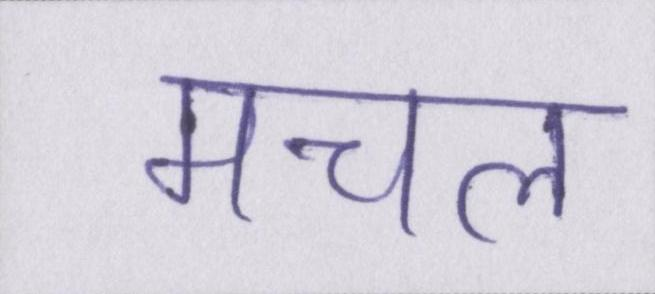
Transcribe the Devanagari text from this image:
मचल